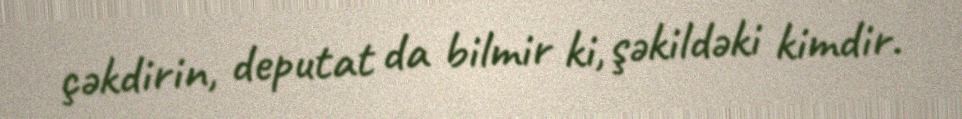
çəkdirin, deputat da bilmir ki, şəkildəki kimdir.